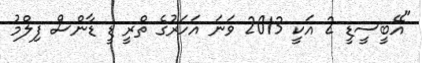
"އޭބީސީޑީ 2 އަކީ 2013 ވަނަ އަހަރުގެ ތްރީ ޑީ ޑާންސް ފިލްމު